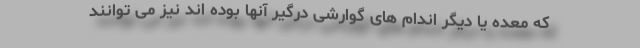
که معده یا دیگر اندام های گوارشی درگیر آنها بوده اند نیز می توانند